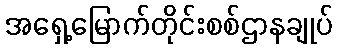
အရှေ့မြောက်တိုင်းစစ်ဌာနချုပ်